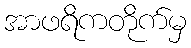
အာဖရိကတိုက်မှ